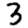
Digit: 3